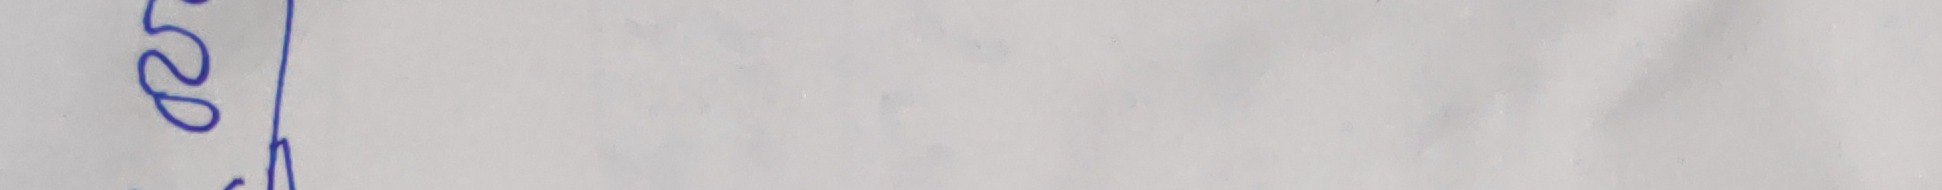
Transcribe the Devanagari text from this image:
२७